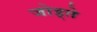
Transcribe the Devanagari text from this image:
जोड्ते